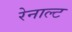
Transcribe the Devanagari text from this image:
रेनाल्ट